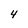
Character: 4